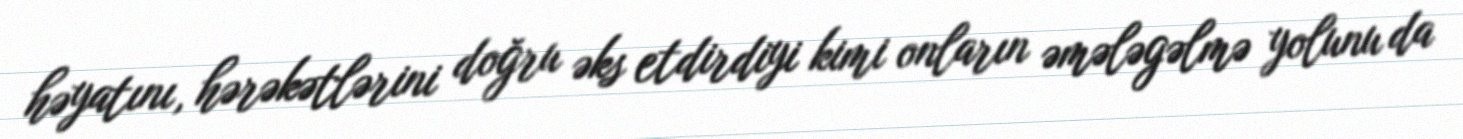
həyatını, hərəkətlərini doğru əks etdirdiyi kimi onların əmələgəlmə yolunu da